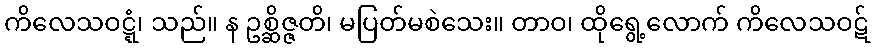
ကိလေသဝဋ္ဋံ၊ သည်။ န ဥစ္ဆိဇ္ဇတိ၊ မပြတ်မစဲသေး။ တာဝ၊ ထိုရွေ့လောက် ကိလေသဝဋ်